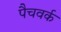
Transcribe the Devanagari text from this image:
पैचवर्क